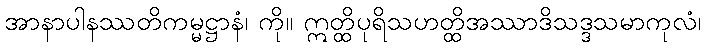
အာနာပါနဿတိကမ္မဋ္ဌာနံ၊ ကို။ ဣတ္ထိပုရိသဟတ္ထိအဿာဒိသဒ္ဒသမာကုလံ၊